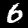
Digit: 6